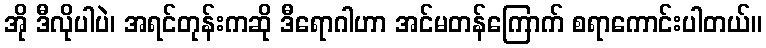
အို ဒီလိုပါပဲ၊ အရင်တုန်းကဆို ဒီရောဂါဟာ အင်မတန်ကြောက် စရာကောင်းပါတယ်။